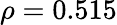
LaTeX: \rho=0.515